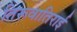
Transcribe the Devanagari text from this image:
तिरूवातिराई